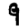
Digit: 9